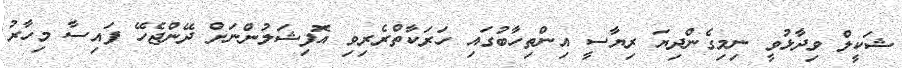
ޝަކީލް ވިދާޅުވީ ނިމިގެންދިޔަ ރިޔާސީ އިންތިހާބުގައި ހަރަކާތްރެރިވި އޮފިޝަލުންނަށް ދޭންޖެހޭ ފައިސާ މިހާރު